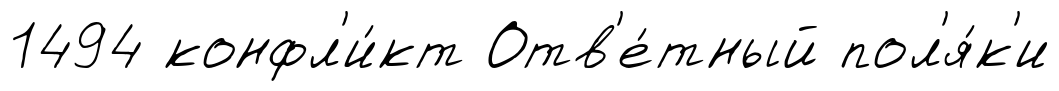
1494 конфл'и́кт Отв'е́тный пол'я́к'и